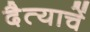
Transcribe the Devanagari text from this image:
दैत्याचें